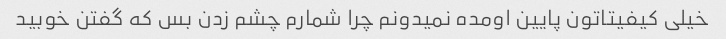
خیلی کیفیتاتون پایین اومده نمیدونم چرا شمارم چشم زدن بس که گفتن خوبید